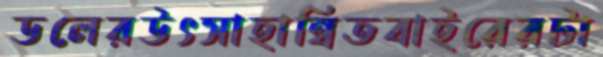
ডলেরউৎসাহান্বিতবাইরেরটা